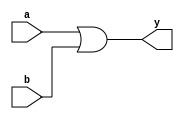
module orGate( a, b, y);

input [7:0] a;
input [7:0] b;
output [7:0] y;
reg [7:0] y;

always @(a or b) 
begin
	y = a | b;
end
endmodule